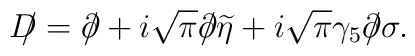
D\!\!\!/=\partial\!\!\!/+i\sqrt{\pi}\partial\!\!\!/\widetilde\eta +i\sqrt\pi\gamma_5\partial\!\!\!/\sigma.